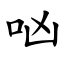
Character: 㕳